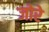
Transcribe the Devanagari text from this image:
जोरे